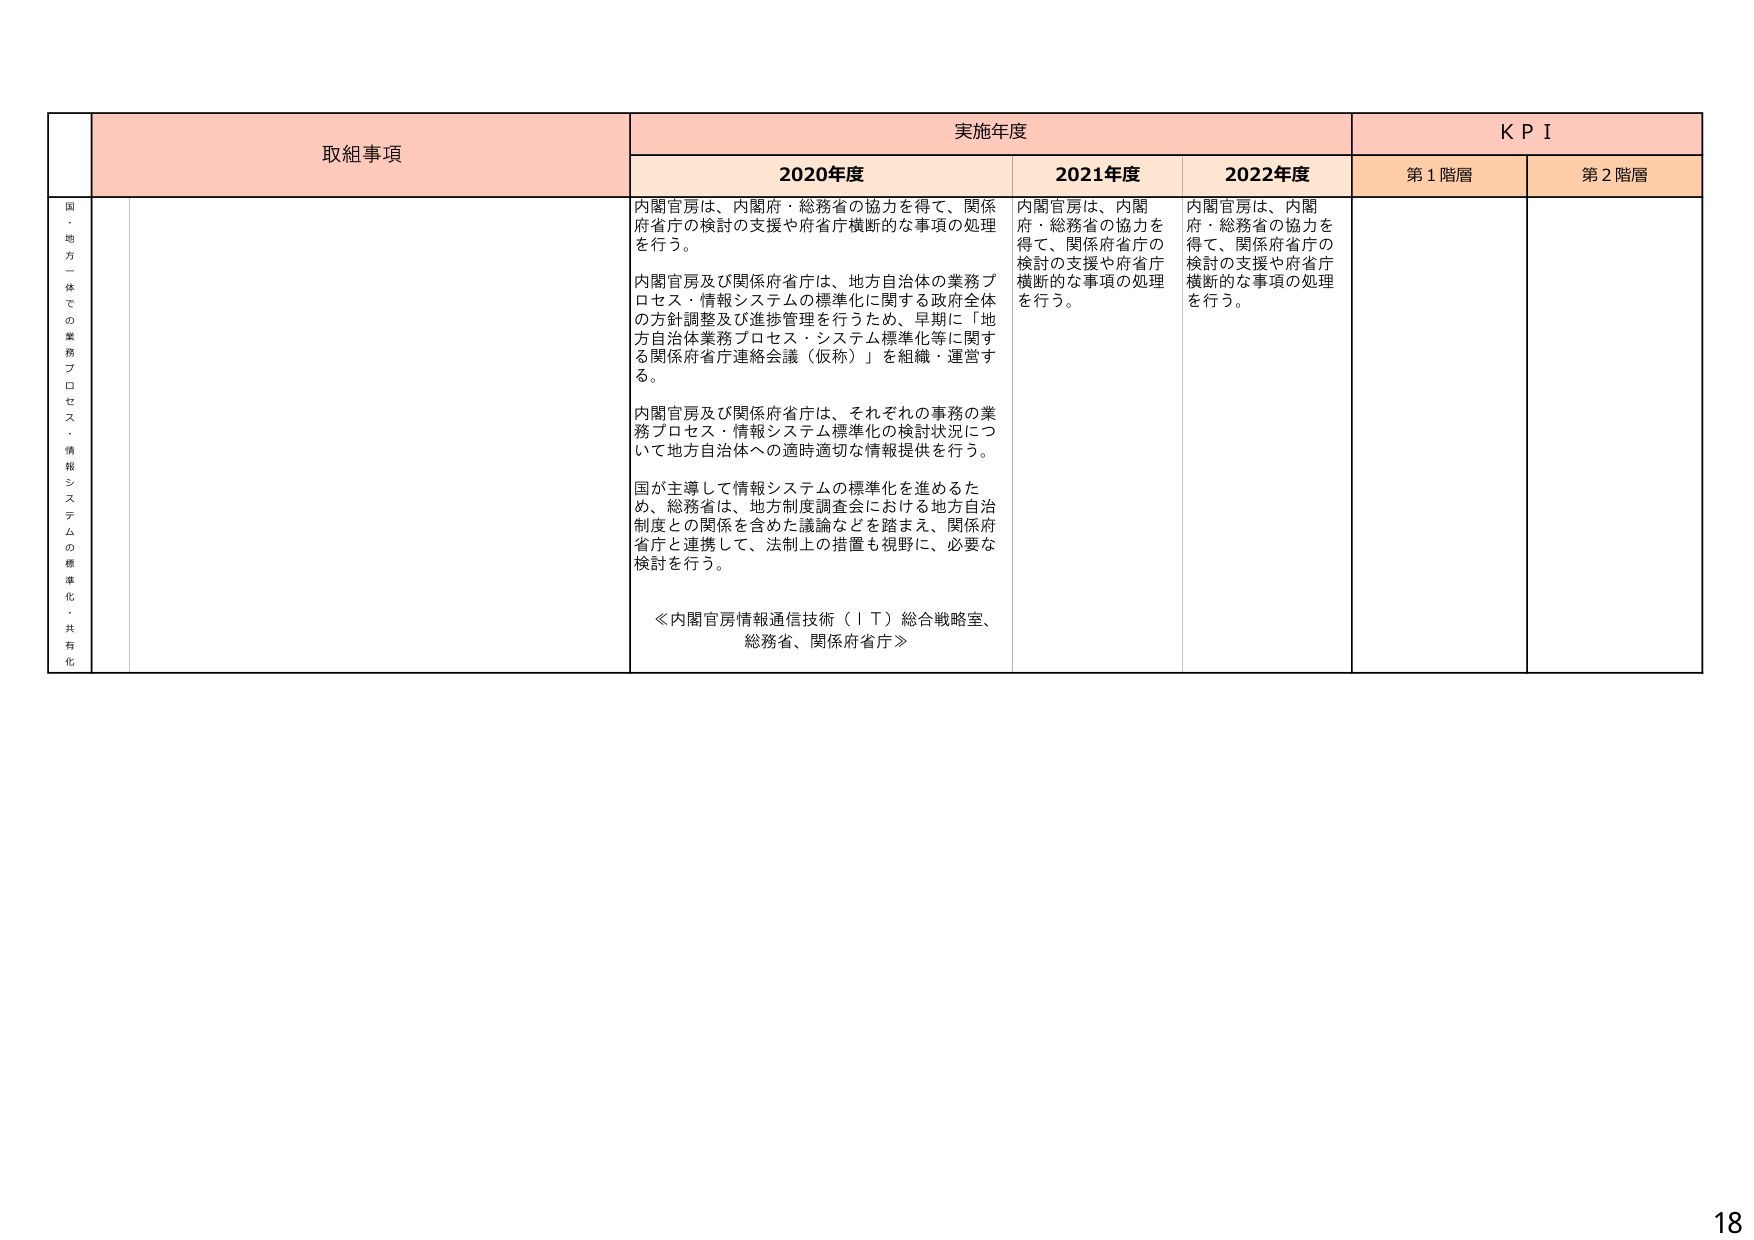
取組事項
実施年度
KPI
2020年度
2021年度
2022年度
第1階層
第2階層
国・地方一体での業務プロセス・情報システムの標準化・共有化
内閣官房は、内閣府・総務省の協力を得て、関係府省庁の検討の支援や府省庁横断的な事項の処理を行う。
内閣官房及び関係府省庁は、地方自治体の業務プロセス・情報システムの標準化に関する政府全体の方針調整及び進捗管理を行うため、早期に「地方自治体業務プロセス・システム標準化等に関する関係府省庁連絡会議（仮称）」を組織・運営する。
内閣官房及び関係府省庁は、それぞれの事務の業務プロセス・情報システム標準化の検討状況について地方自治体への適時適切な情報提供を行う。
国が主導して情報システムの標準化を進めるため、総務省は、地方制度調査会における地方自治制度との関係を含めた議論などを踏まえ、関係府省庁と連携して、法制上の措置も視野に、必要な検討を行う。
≪内閣官房情報通信技術（IT）総合戦略室、総務省、関係府省庁≫
内閣官房は、内閣府・総務省の協力を得て、関係府省庁の検討の支援や府省庁横断的な事項の処理を行う。
内閣官房は、内閣府・総務省の協力を得て、関係府省庁の検討の支援や府省庁横断的な事項の処理を行う。
18